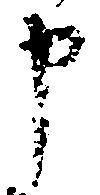
申